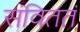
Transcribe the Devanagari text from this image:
संविततं